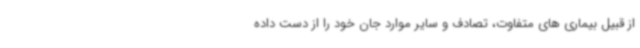
از قبیل بیماری های متفاوت، تصادف و سایر موارد جان خود را از دست داده